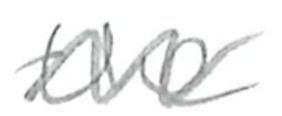
Text: the
Cross-out: zig-zag
Writing tool: pencil